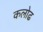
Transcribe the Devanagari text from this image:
कलोढ